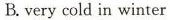
B.very cold in winter